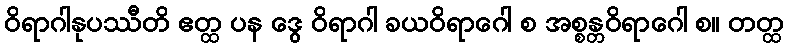
ဝိရာဂါနုပဿီတိ ဧတ္ထ ပန ဒွေ ဝိရာဂါ ခယဝိရာဂေါ စ အစ္စန္တဝိရာဂေါ စ။ တတ္ထ